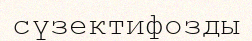
сүзектифозды